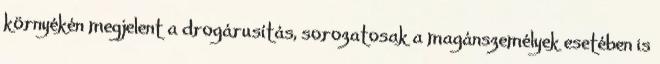
környékén megjelent a drogárusítás, sorozatosak a magánszemélyek esetében is